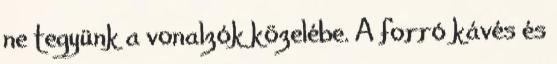
ne tegyünk a vonalzók közelébe. A forró kávés és